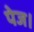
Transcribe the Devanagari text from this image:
पेज।